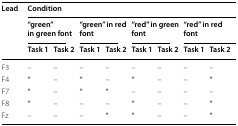
<table><thead><tr><td rowspan="3"><b>Lead</b></td><td colspan="8"><b>Condition</b></td></tr><tr><td colspan="2"><b>“green” in green font</b></td><td colspan="2"><b>“green” in red font</b></td><td colspan="2"><b>“red” in green font</b></td><td colspan="2"><b>“red” in red font</b></td></tr><tr><td><b>Task 1</b></td><td><b>Task 2</b></td><td><b>Task 1</b></td><td><b>Task 2</b></td><td><b>Task 1</b></td><td><b>Task 2</b></td><td><b>Task 1</b></td><td><b>Task 2</b></td></tr></thead><tbody><tr><td>F3</td><td>–</td><td>–</td><td>–</td><td>–</td><td>–</td><td>–</td><td>–</td><td>–</td></tr><tr><td>F4</td><td>*</td><td>–</td><td>*</td><td>–</td><td>*</td><td>–</td><td>–</td><td>*</td></tr><tr><td>F7</td><td>*</td><td>–</td><td>*</td><td>*</td><td>–</td><td>–</td><td>–</td><td>–</td></tr><tr><td>F8</td><td>*</td><td>–</td><td>–</td><td>–</td><td>*</td><td>–</td><td>–</td><td>*</td></tr><tr><td>Fz</td><td>–</td><td>–</td><td>–</td><td>*</td><td>*</td><td>–</td><td>–</td><td>*</td></tr></tbody></table>